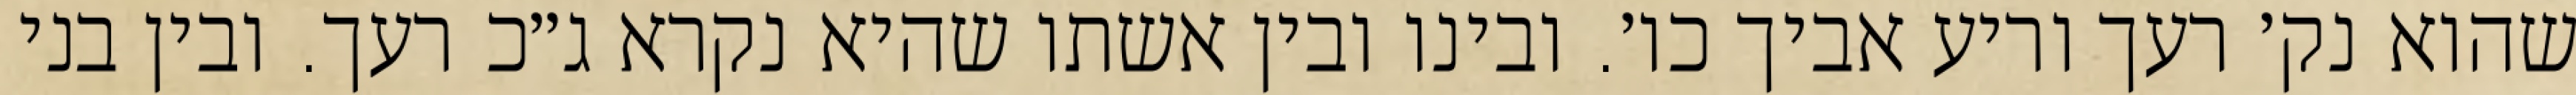
שהוא נק׳ רעך וריע אביך כו׳. ובינו ובין אשתו שהיא נקרא ג״כ רעך. ובין בני